Insane asylums in Bengal annual reports 1876-1887 - 1876-1887
Year: 1876
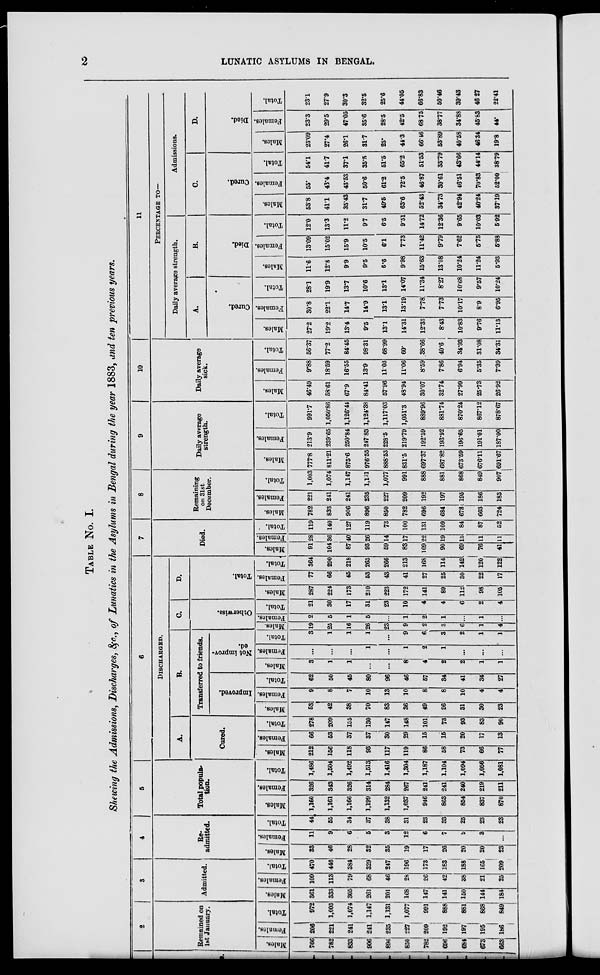
2
LUNATIC ASYLUMS IN BENGAL.
TABLE No. I.
Showing the Admissions, Discharges, &c., of Lunatics in the Asylums in Bengal during the year 1883, and ten previous years.
2
Remained on
1st January.
Males.
766
782
833
906
896
850
782
696
684
673
663
Females.
206
221
241
241
235
227
209
192
197
195
186
Total.
972
1,003
1,074
1,147
1,131
1,077
991
888
881
868
849
3
Admitted.
Males.
361
333
305
261
201
168
147
141
150
144
184
Femal es .
109
113
79
68
46
28
26
42
38
21
25
Tot al .
470
446
384
329
247
196
173
183
188
165
209
4
Re-
admitted.
Males.
33
46
28
32
35
19
17
26
20
20
23
Females.
11
9
6
5
3
12
6
7
5
3
...
Total.
44
55
34
37
38
31
23
33
25
23
23
5
Total popula-
tion.
Males.
1,160
1,161
1,166
1,199
1,132
1,037
946
863
854
837
870
Females.
326
343
326
314
284
267
241
241
240
219
211
Total.
1,486
1,504
1,492
1,513
1,416
1,304
1,187
1,104
1,094
1,056
1,081
6
DISCHARGED.
A.
Cured.
Males.
212
156
118
93
117
119
86
58
73
66
77
Females.
66
53
37
37
30
29
15
15
20
17
13
Total.
278
209
155
130
147
148
101
78
93
83
90
B.
Transferred to friends.
Improved.
Males.
53
42
38
70
83
36
49
26
31
30
23
Females.
9
8
7
10
13
10
8
8
10
4
4
Total.
62
50
45
80
96
46
57
34
41
34
27
Not improv-
ed.
Males.
3
1
1
...
...
8
4
2
2
1
1
Females.
...
...
...
1
...
1
2
1
...
...
...
Total.
3
1
1
1
...
9
6
3
2
1
1
C.
Otherwise.
Males.
19
25
16
26
23
9
2
3
6
1
4
Females.
2
5
1
5
...
1
2
1
...
1
...
Total.
21
30
17
31
23
10
4
4
6
2
4
D.
Total.
Males.
287
224
173
210
223
172
141
89
112
98
105
Females.
77
66
45
53
43
41
27
25
30
22
17
Total.
364
290
218
263
266
213
168
114
142
120
122
7
Died.
Males.
91
104
87
93
59
83
109
90
69
76
41
Females.
28
36
40
26
14
17
22
19
15
11
11
Total.
119
140
127
119
73
100
131
109
84
87
52
8
Remaining
on 31st
December.
Males.
782
833
906
896
850
782
696
684
673
663
724
Females.
221
241
241
235
227
209
192
197
195
186
183
Total.
1,003
1,074
1,147
1,131
1,077
991
888
881
868
849
907
9
Daily average
strength.
Males.
777.8
811.21
875.6
976.55
888.53
831.5
697.37
687.82
673.59
676.11
691.67
Females.
213.9
239.65
250.84
247.83
228.5
219.79
192.59
193.92
196.65
191.01
187.00
Total.
991.7
1,050.86
1,126.44
1,124.38
1,117.03
1,051.3
889.96
881.74
870.24
867.12
878.67
10
Daily average
sick.
Males.
46.49
58.61
67.9
84.41
57.96
48.94
30.07
32.74
27.99
25.73
26.92
Females.
9.88
18.59
16.55
13.9
11.03
11.06
8.59
7.86
6.94
5.35
7.39
Total.
56.37
77.2
84.45
98.31
68.99
60.
38.66
40.6
34.93
31.08
34.31
11
PERCENTAGE TO—
Daily average strength.
A.
Cured.
Males.
27.2
19.2
13.4
9.5
13.1
14.31
12.33
8.43
10.83
9.76
11.13
Females.
30.8
22.1
14.7
14.9
13.1
13.19
7.78
7.73
10.17
8.9
6.95
Total.
28.1
19.9
13.7
10.6
13.1
14.07
11.34
8.27
10.68
9.57
10.24
B.
Died.
Males.
11.6
12.8
9.9
9.5
6.6
9.98
15.63
13.08
10.24
11.24
5.93
Females.
13.09
15.02
15.9
10.5
6.1
7.73
11.42
9.79
7.62
5.75
5.88
Total.
12.0
13.3
11.2
9.7
6.5
9.51
14.72
12.36
9.65
10.03
5.92
Admissions.
C.
Cured.
Males.
53.8
41.1
35.43
31.7
49.5
63.6
52.43
34.73
42.94
40.24
37.19
Females.
55.
43.4
43.53
50.6
61.2
72.5
46.87
30.61
46.5l
70.83
52.00
Total.
54.1
41.7
37.1
35.5
51.5
65.2
51.53
33.79
43.66
44.14
38.79
D.
Died.
Males.
23.09
27.4
26.1
31.7
25.
44.3
66.46
53.89
40.58
46.34
19.8
Females.
23.3
29.5
47.05
35.6
28.5
42.5
68.75
38.77
34.88
45.83
44.
Total.
23.1
27.9
30.3
32.5
25.6
44.05
66.83
50.46
39.43
46.27
22.41